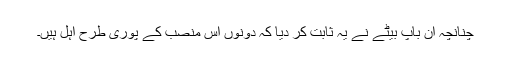
چنانچہ ان باپ بیٹے نے یہ ثابت کر دیا کہ دونوں اس منصب کے پوری طرح اہل ہیں۔